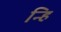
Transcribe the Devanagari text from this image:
न्हि